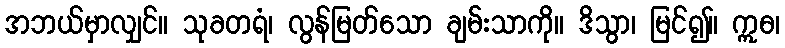
အဘယ်မှာလျှင်။ သုခတရံ၊ လွန်မြတ်သော ချမ်းသာကို။ ဒိသွာ၊ မြင်၍။ ဣဓ၊